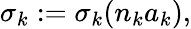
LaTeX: \sigma_{k}:=\sigma_{k}(n_{k}a_{k}),